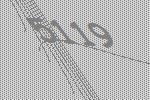
5119